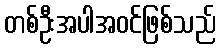
တစ်ဦးအပါအဝင်ဖြစ်သည်